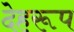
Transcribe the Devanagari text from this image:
देहरूप